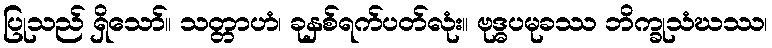
ပြုသည် ရှိသော်။ သတ္တာဟံ၊ ခုနှစ်ရက်ပတ်လုံး။ ဗုဒ္ဓပမုခဿ ဘိက္ခုသံဃဿ၊